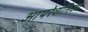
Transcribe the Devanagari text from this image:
आपरेशनिज्म